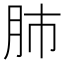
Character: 肺